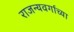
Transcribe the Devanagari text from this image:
राजन्यवर्गाच्या